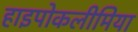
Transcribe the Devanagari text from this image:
हाइपोकलीमिया